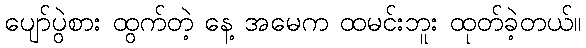
ပျော်ပွဲစား ထွက်တဲ့ နေ့ အမေက ထမင်းဘူး ထုတ်ခဲ့တယ်။